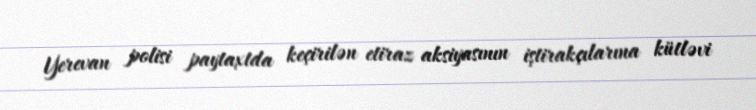
Yerevan polisi paytaxtda keçirilən etiraz aksiyasının iştirakçılarına kütləvi